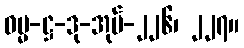
ဓမ္မ-ဋ္ဌ-ဒု-အုပ်-၂၂၆၊ ၂၂၇။